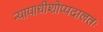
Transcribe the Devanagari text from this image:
न्यायाधीशोप्यदालतः